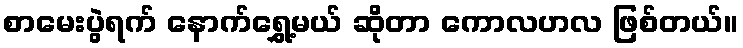
စာမေးပွဲရက် နောက်ရွှေ့မယ် ဆိုတာ ကောလဟလ ဖြစ်တယ်။